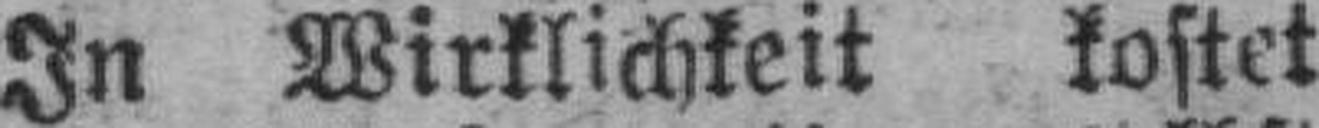
In Wirklichkeit kostet